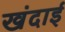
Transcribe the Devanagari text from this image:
खंदाई